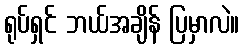
ရုပ်ရှင် ဘယ်အချိန် ပြမှာလဲ။